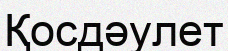
Қосдәулет